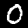
Digit: 0